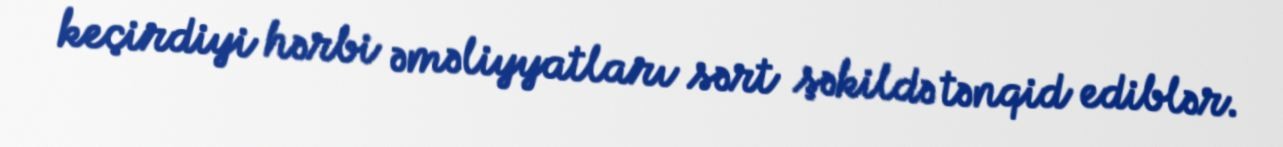
keçirdiyi hərbi əməliyyatları sərt şəkildə tənqid ediblər.